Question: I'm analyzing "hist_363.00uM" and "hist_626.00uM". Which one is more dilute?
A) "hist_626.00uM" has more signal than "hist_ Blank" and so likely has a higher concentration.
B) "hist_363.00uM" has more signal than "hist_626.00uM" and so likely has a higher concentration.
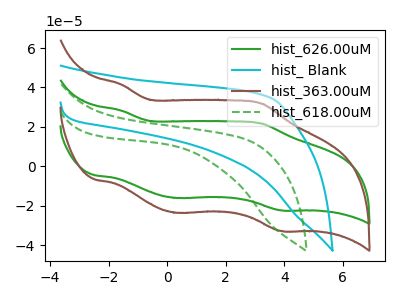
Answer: <think>The green curve "hist_626.00uM" has anodic peaks at (-1.60V, 28.30uA) (3.20V, 21.70uA) and cathodic peaks at (0.30V, -16.10uA) (3.90V, -22.40uA). The cyan curve "hist_ Blank" has no peaks. The brown curve "hist_363.00uM" has anodic peaks at (-1.60V, 41.55uA) (3.20V, 31.85uA) and cathodic peaks at (0.30V, -23.60uA) (3.90V, -32.85uA). The green dashed curve "hist_618.00uM" has no peaks.
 All the peaks in "hist_363.00uM" have a peak in "hist_626.00uM" at the same potential. Every peak in "hist_363.00uM" is higher than every peak in "hist_626.00uM".</think>
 <answer>B) "hist_363.00uM" has more signal than "hist_626.00uM" and so likely has a higher concentration.</answer>
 <eval>B</eval>